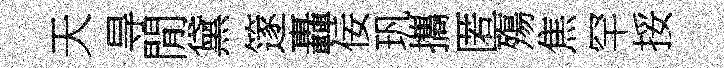
天㝵閒黛篴轟佞㺬攜匿殤焦罕挼